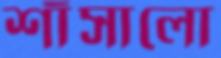
শাঁসালো